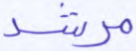
مرشد